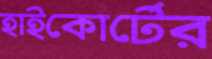
হাইকোর্টের